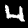
Label: 4